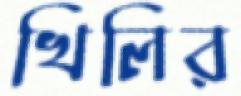
খিলির